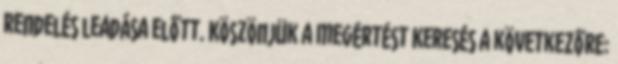
rendelés leadása előtt. Köszönjük a megértést Keresés a következőre: